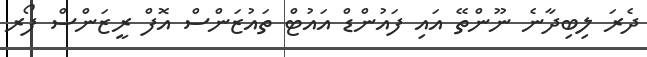
ދެރަ ލިބިދާނެ ނޫންތޭ އައި ފައުންޑް އައުޓް ތައުޒަންސް އޮފް ރީޒަންސް ފޯރ